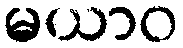
မယာဝ